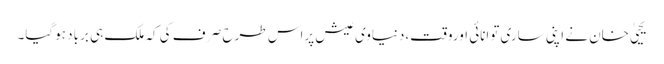
یحییٰ خان نے اپنی ساری توانائی اوروقت،دنیاوی عیش پراس طرح صَرف کی کہ ملک ہی برباد ہوگیا۔